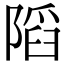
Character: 䧟